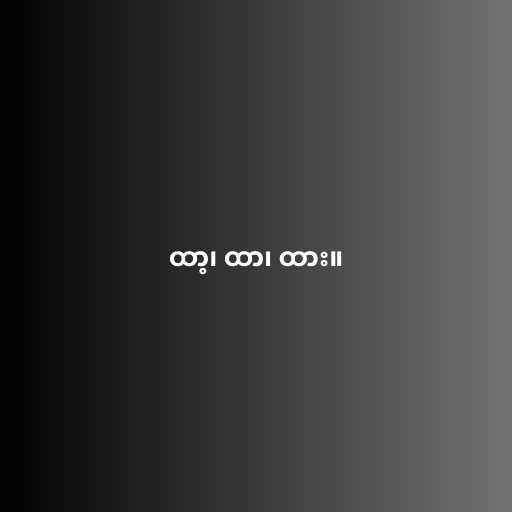
ထာ့၊ ထာ၊ ထား။